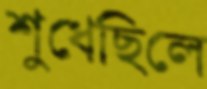
শুধেছিলে